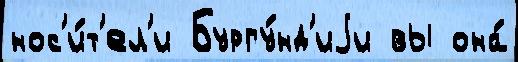
нос'и́т'ел'и Бургу́нд'иjи вы она́